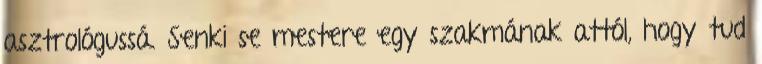
asztrológussá. Senki se mestere egy szakmának attól, hogy tud